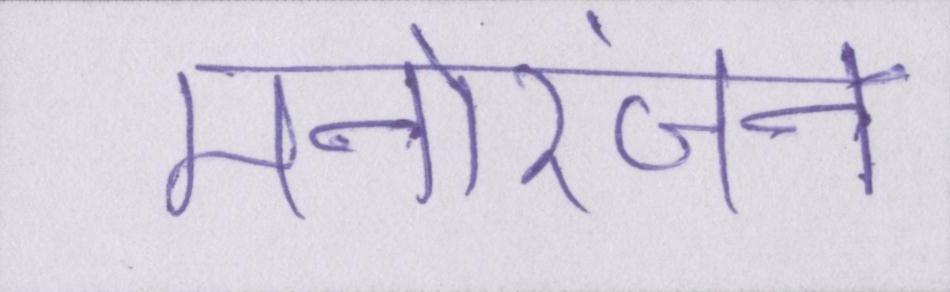
मनोरंजन